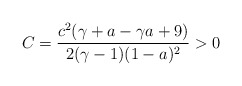
\begin{align*}C=\frac{c^{2}(\gamma+a-\gamma a+9)}{2(\gamma-1)(1-a)^{2}}>0\end{align*}